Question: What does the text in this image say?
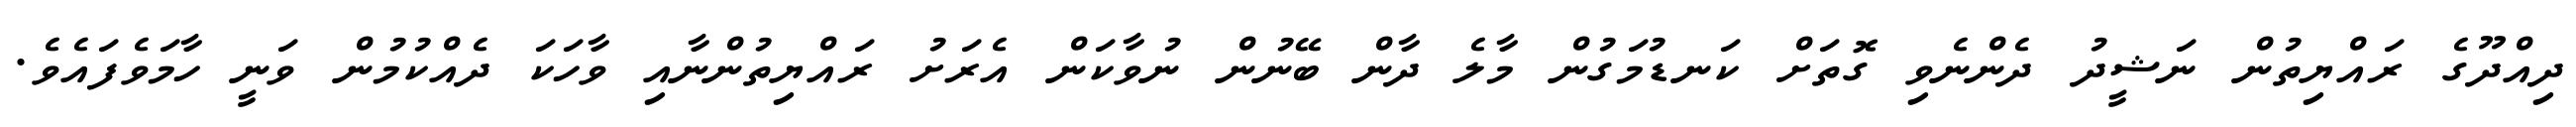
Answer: ދިއްދޫގެ ރައްޔިތުން ނަޝީދު ދެންނެވި ގޮތަށް ކަނޑުމަގުން މާލެ ދާން ބޭނުން ނުވާކަން އެރަށު ރައްޔިތުންނާއި ވާހަކަ ދެއްކުމުން ވަނީ ހާމަވެފައެވެ.